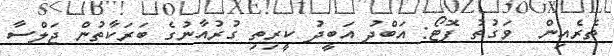
ތެރެއިން  ވަގުތު ފޮޓޯ: އަބްދު އަބީދު ކީރިތި ގުރުއާނުގެ ބަރަކާތުން ޖަލްސާ